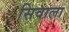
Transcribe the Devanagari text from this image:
सिवाला